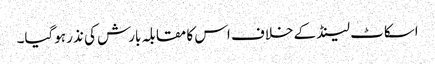
اسکاٹ لینڈ کے خلاف اس کا مقابلہ بارش کی نذر ہوگیا۔